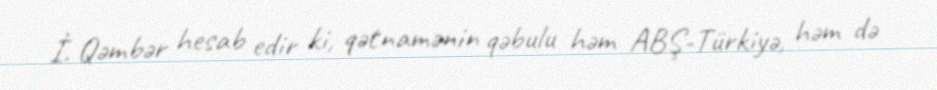
İ. Qəmbər hesab edir ki, qətnamənin qəbulu həm ABŞ-Türkiyə, həm də